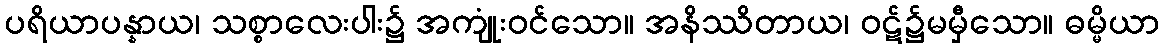
ပရိယာပန္နာယ၊ သစ္စာလေးပါး၌ အကျုံးဝင်သော။ အနိဿိတာယ၊ ဝဋ်၌မမှီသော။ ဓမ္မိယာ